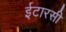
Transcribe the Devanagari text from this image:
ईटारसी